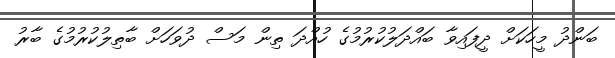
ބަންދު މީހަކަށް ދީފައިވާ ބައްދަލުކުރުމުގެ ހުއްދަ ތިން މަސް ދުވަހަށް ބާތިލުކުރުމުގެ ބާރު